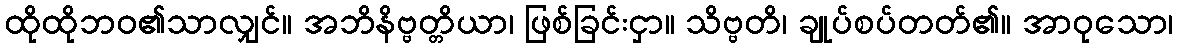
ထိုထိုဘဝ၏သာလျှင်။ အဘိနိဗ္ဗတ္တိယာ၊ ဖြစ်ခြင်းငှာ။ သိဗ္ဗတိ၊ ချုပ်စပ်တတ်၏။ အာဝုသော၊